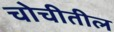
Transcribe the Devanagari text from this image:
चोचीतील